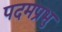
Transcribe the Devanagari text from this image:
पदमप्रभु